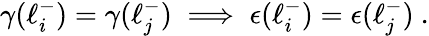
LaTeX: \begin{array}{r}{\gamma(\ell_{i}^{-})=\gamma(\ell_{j}^{-})\implies\epsilon(\ell_{i}^{-})=\epsilon(\ell_{j}^{-})~.}\end{array}